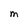
Character: M